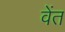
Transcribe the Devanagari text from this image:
वेंत